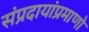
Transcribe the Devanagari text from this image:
संप्रदायांप्रमाणो